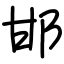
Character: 邯